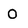
Character: O